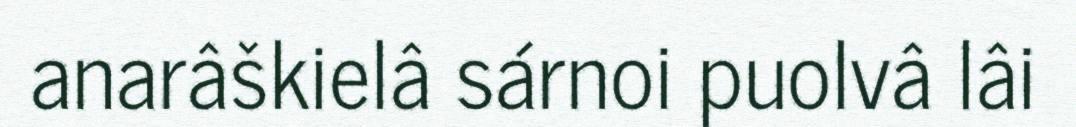
anarâškielâ sárnoi puolvâ lâi